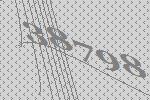
38798